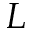
L